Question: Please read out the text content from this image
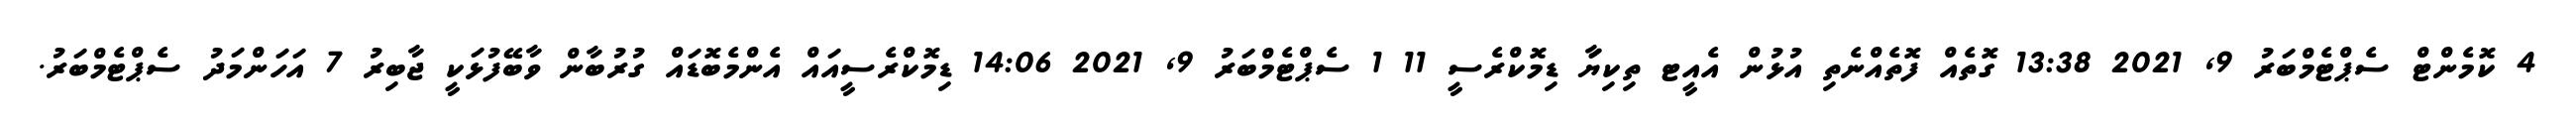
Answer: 4 ކޮމެންޓް ސެޕްޓެމްބަރު 9, 2021 13:38 ގޮތެއް ފޮތެއްނެތި އުޅުން އެއީޓ ތިކިޔަާ ޑިމޮކްރެސީ 11 1 ސެޕްޓެމްބަރު 9, 2021 14:06 ޑިމޮކްރެސީއައް އެންމެބޮޑައް ގުރުބާން ވާބޭފުޅަކީ ޖާބިރު 7 އަހަންމަދު ސެޕްޓެމްބަރު.